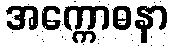
အက္ကောဓနာ